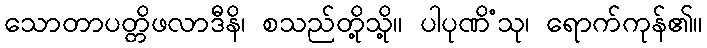
သောတာပတ္တိဖလာဒီနိ၊ စသည်တို့သို့။ ပါပုဏိံသု၊ ရောက်ကုန်၏။